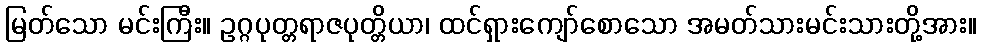
မြတ်သော မင်းကြီး။ ဥဂ္ဂပုတ္တရာဇပုတ္တိယာ၊ ထင်ရှားကျော်စောသော အမတ်သားမင်းသားတို့အား။